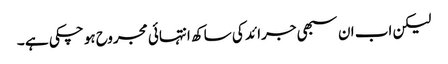
لیکن اب ان سبھی جرائد کی ساکھ انتہائی مجروح ہو چکی ہے ۔